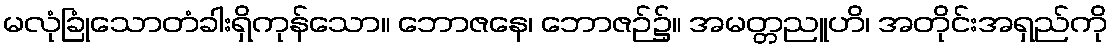
မလုံခြုံသောတံခါးရှိကုန်သော။ ဘောဇနေ၊ ဘောဇဉ်၌။ အမတ္တညူဟိ၊ အတိုင်းအရှည်ကို